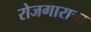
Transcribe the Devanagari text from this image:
रोजगाराचा